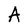
Character: A